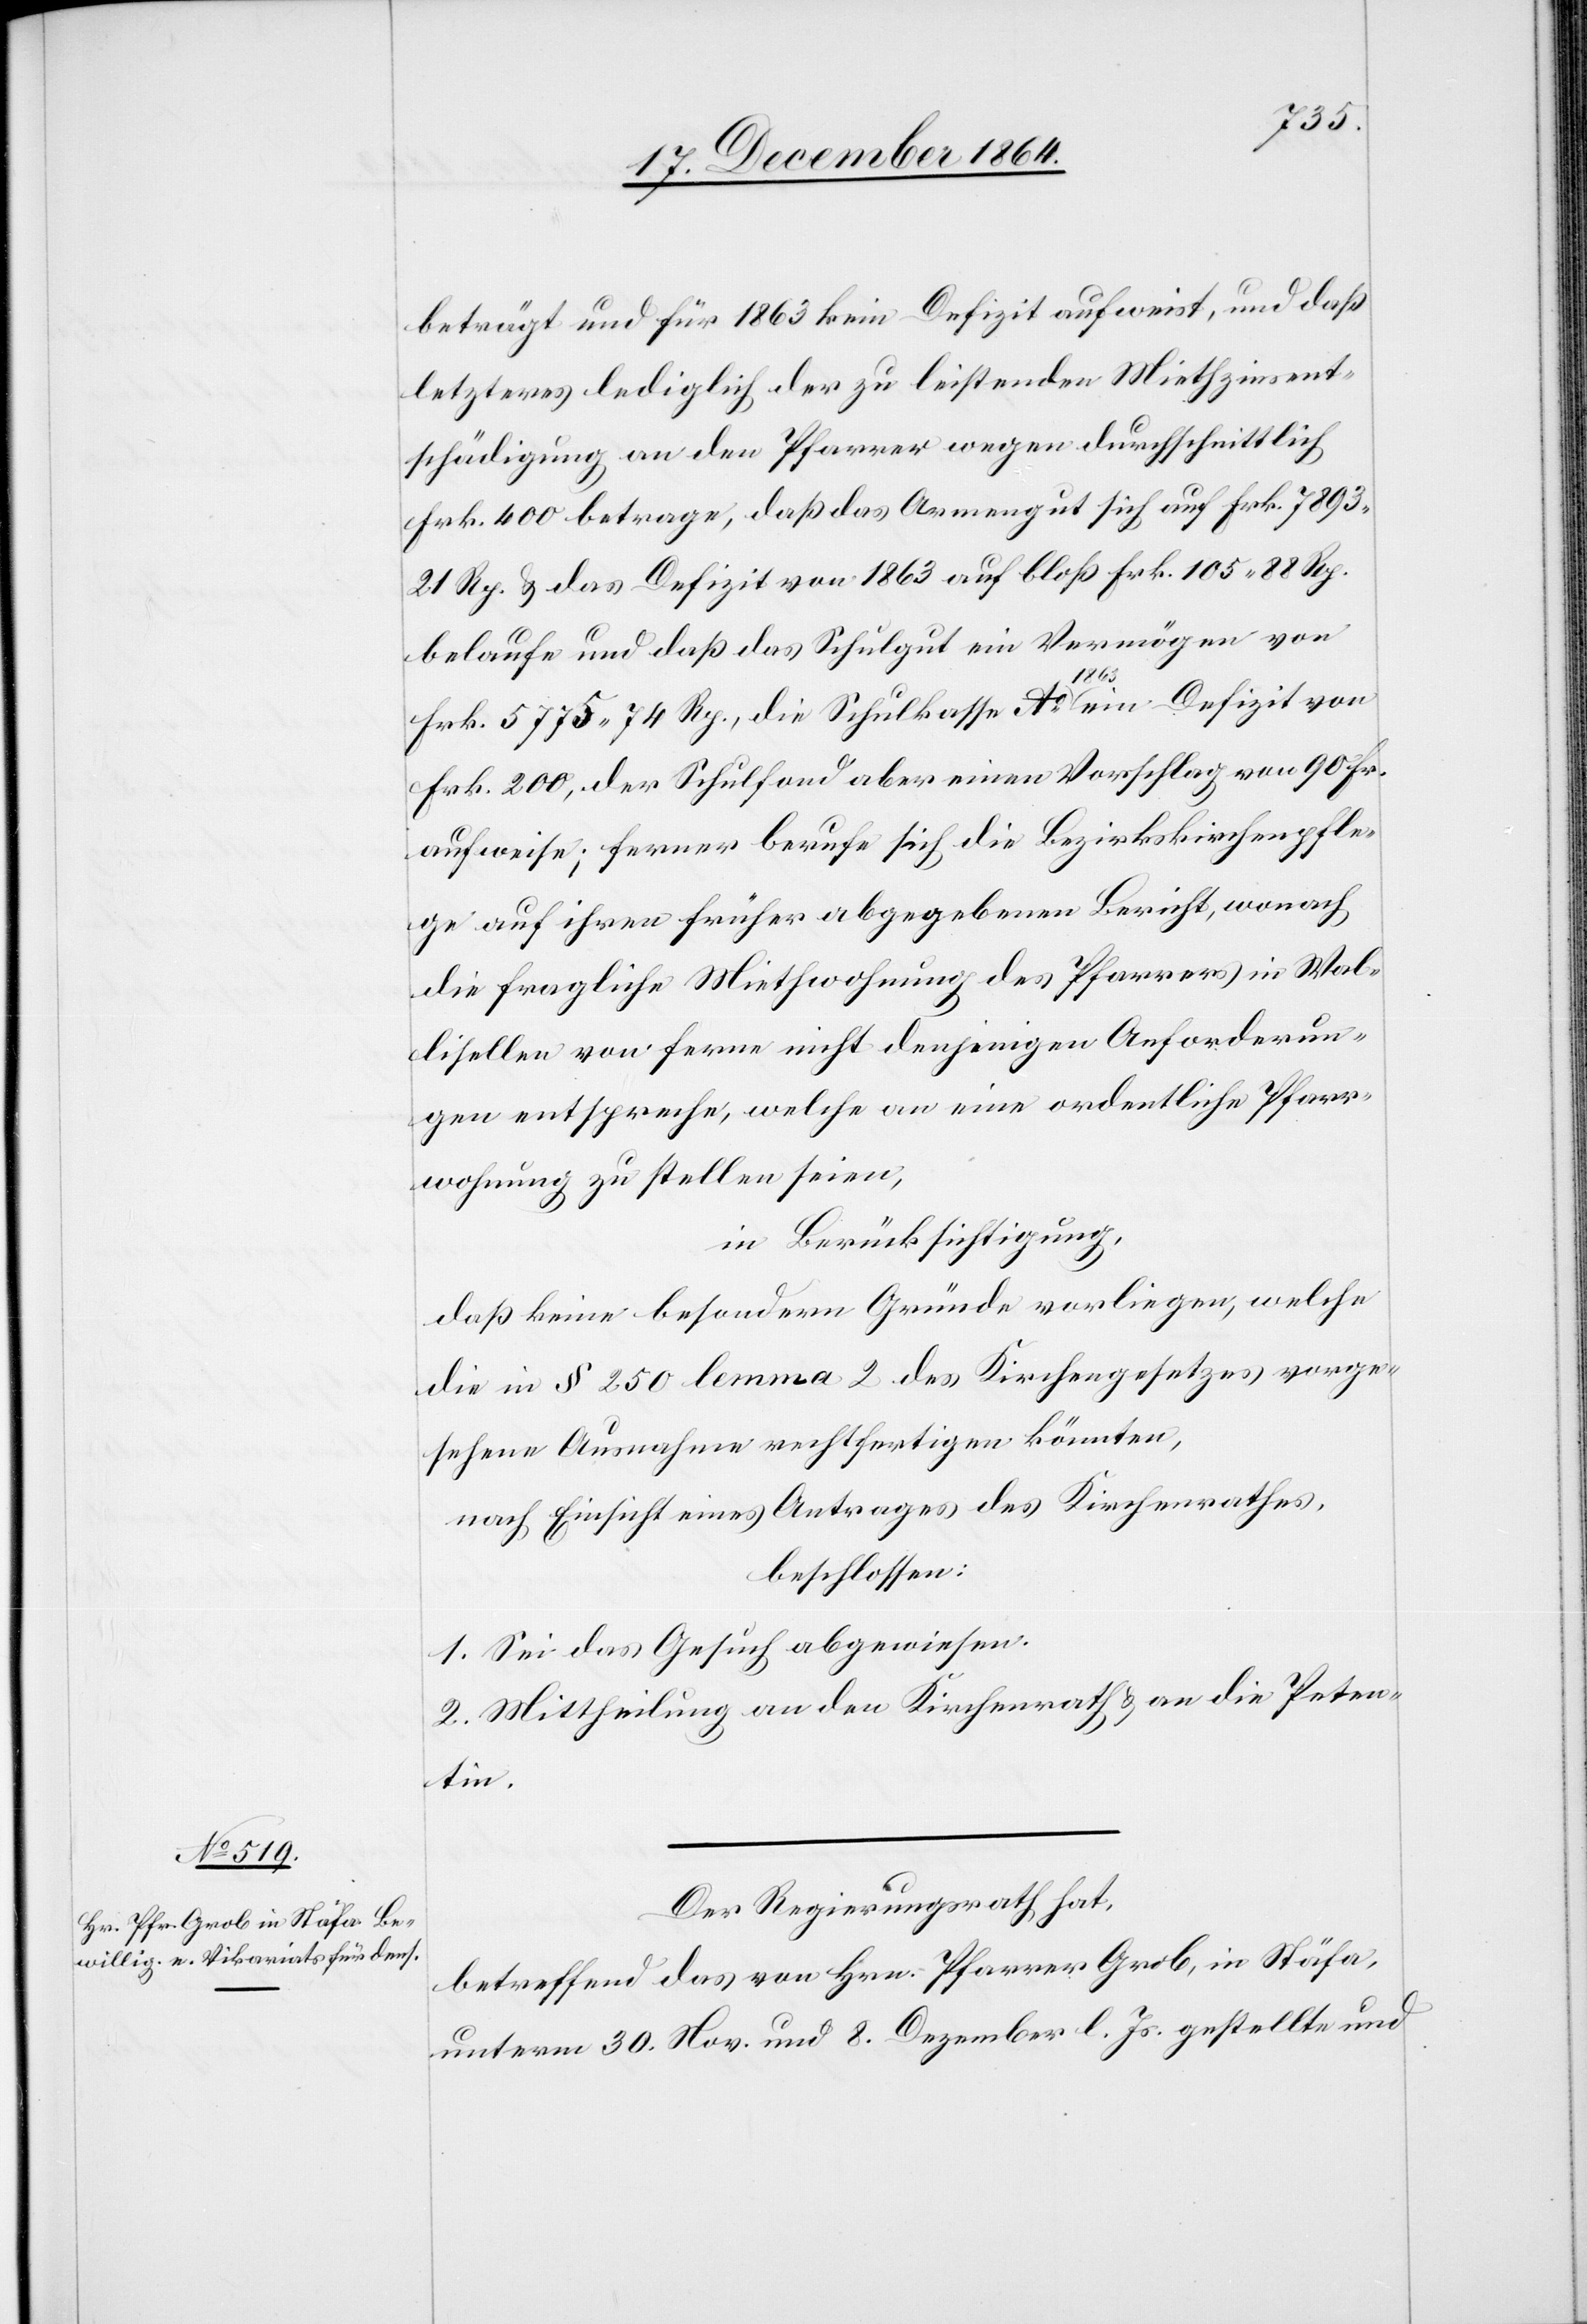
beträgt und für 1863 kein Defizit aufweist, und daß
letzteres lediglich der zu leistenden Miethzinsent¬
schädigung an den Pfarrer wegen durchschnittlich
Frk. 400 betrage, daß das Armengut sich auf Frk. 7 893.21
Rp. & das Defizit von 1863 auf bloß Frk. 105.88 Rp.
belaufe und daß das Schulgut ein Vermögen von
Frk. 5 775.74 Rp., die Schulkasse Ao 1863 ein Defizit von
Frk. 200, der Schulfond aber einen Vorschlag von 90 Fr.
aufweise; ferner berufe sich die Bezirkskirchenpfle¬
ge auf ihren früher abgegebenen Bericht, wonach
die fragliche Miethwohnung des Pfarrers in Wal¬
lisellen von ferne nicht denjenigen Anforderun¬
gen entspreche, welche an eine ordentliche Pfarr¬
wohnung zu stellen seien,
in Berücksichtigung,
daß keine besondern Gründe vorliegen, welche
die in § 250 lemma 2 des Kirchengesetzes vorge¬
sehene Ausnahme rechtfertigen könnten,
nach Einsicht eines Antrages des Kirchenrathes,
beschlossen:
1. Sei das Gesuch abgewiesen.
2. Mittheilung an den Kirchenrath & an die Peten¬
tin.
Der Regierungsrath hat,
betreffend das von Hrn. Pfarrer Grob, in Stäfa,
unterm 30. Nov. und 8. Dezember l. Js. gestellte und